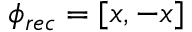
\phi _ { r e c } = [ x , - x ]